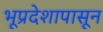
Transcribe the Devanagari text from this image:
भूप्रदेशापासून